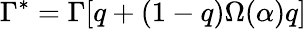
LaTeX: \Gamma^{*}=\Gamma[q+(1-q)\Omega(\alpha)q]